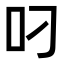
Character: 叼